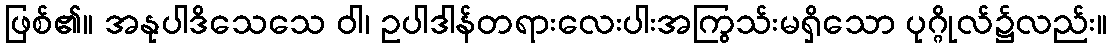
ဖြစ်၏။ အနုပါဒိသေသေ ဝါ၊ ဥပါဒါန်တရားလေးပါးအကြွသ်းမရှိသော ပုဂ္ဂိုလ်၌လည်း။